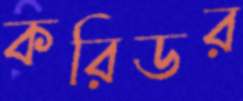
করিডর